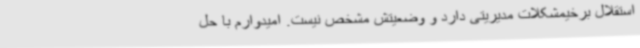
استقلال برخیمشکلات مدیریتی دارد و وضعیتش مشخص نیست. امیدوارم با حل